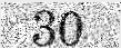
30